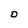
Character: D